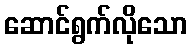
ဆောင်ရွက်လိုသော